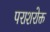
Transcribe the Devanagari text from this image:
पराशरोक्त